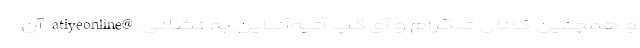
و همچنین کانال تلگرام و آی‌گپ آتیه‌آنلاین به نشانی @atiyeonline آن